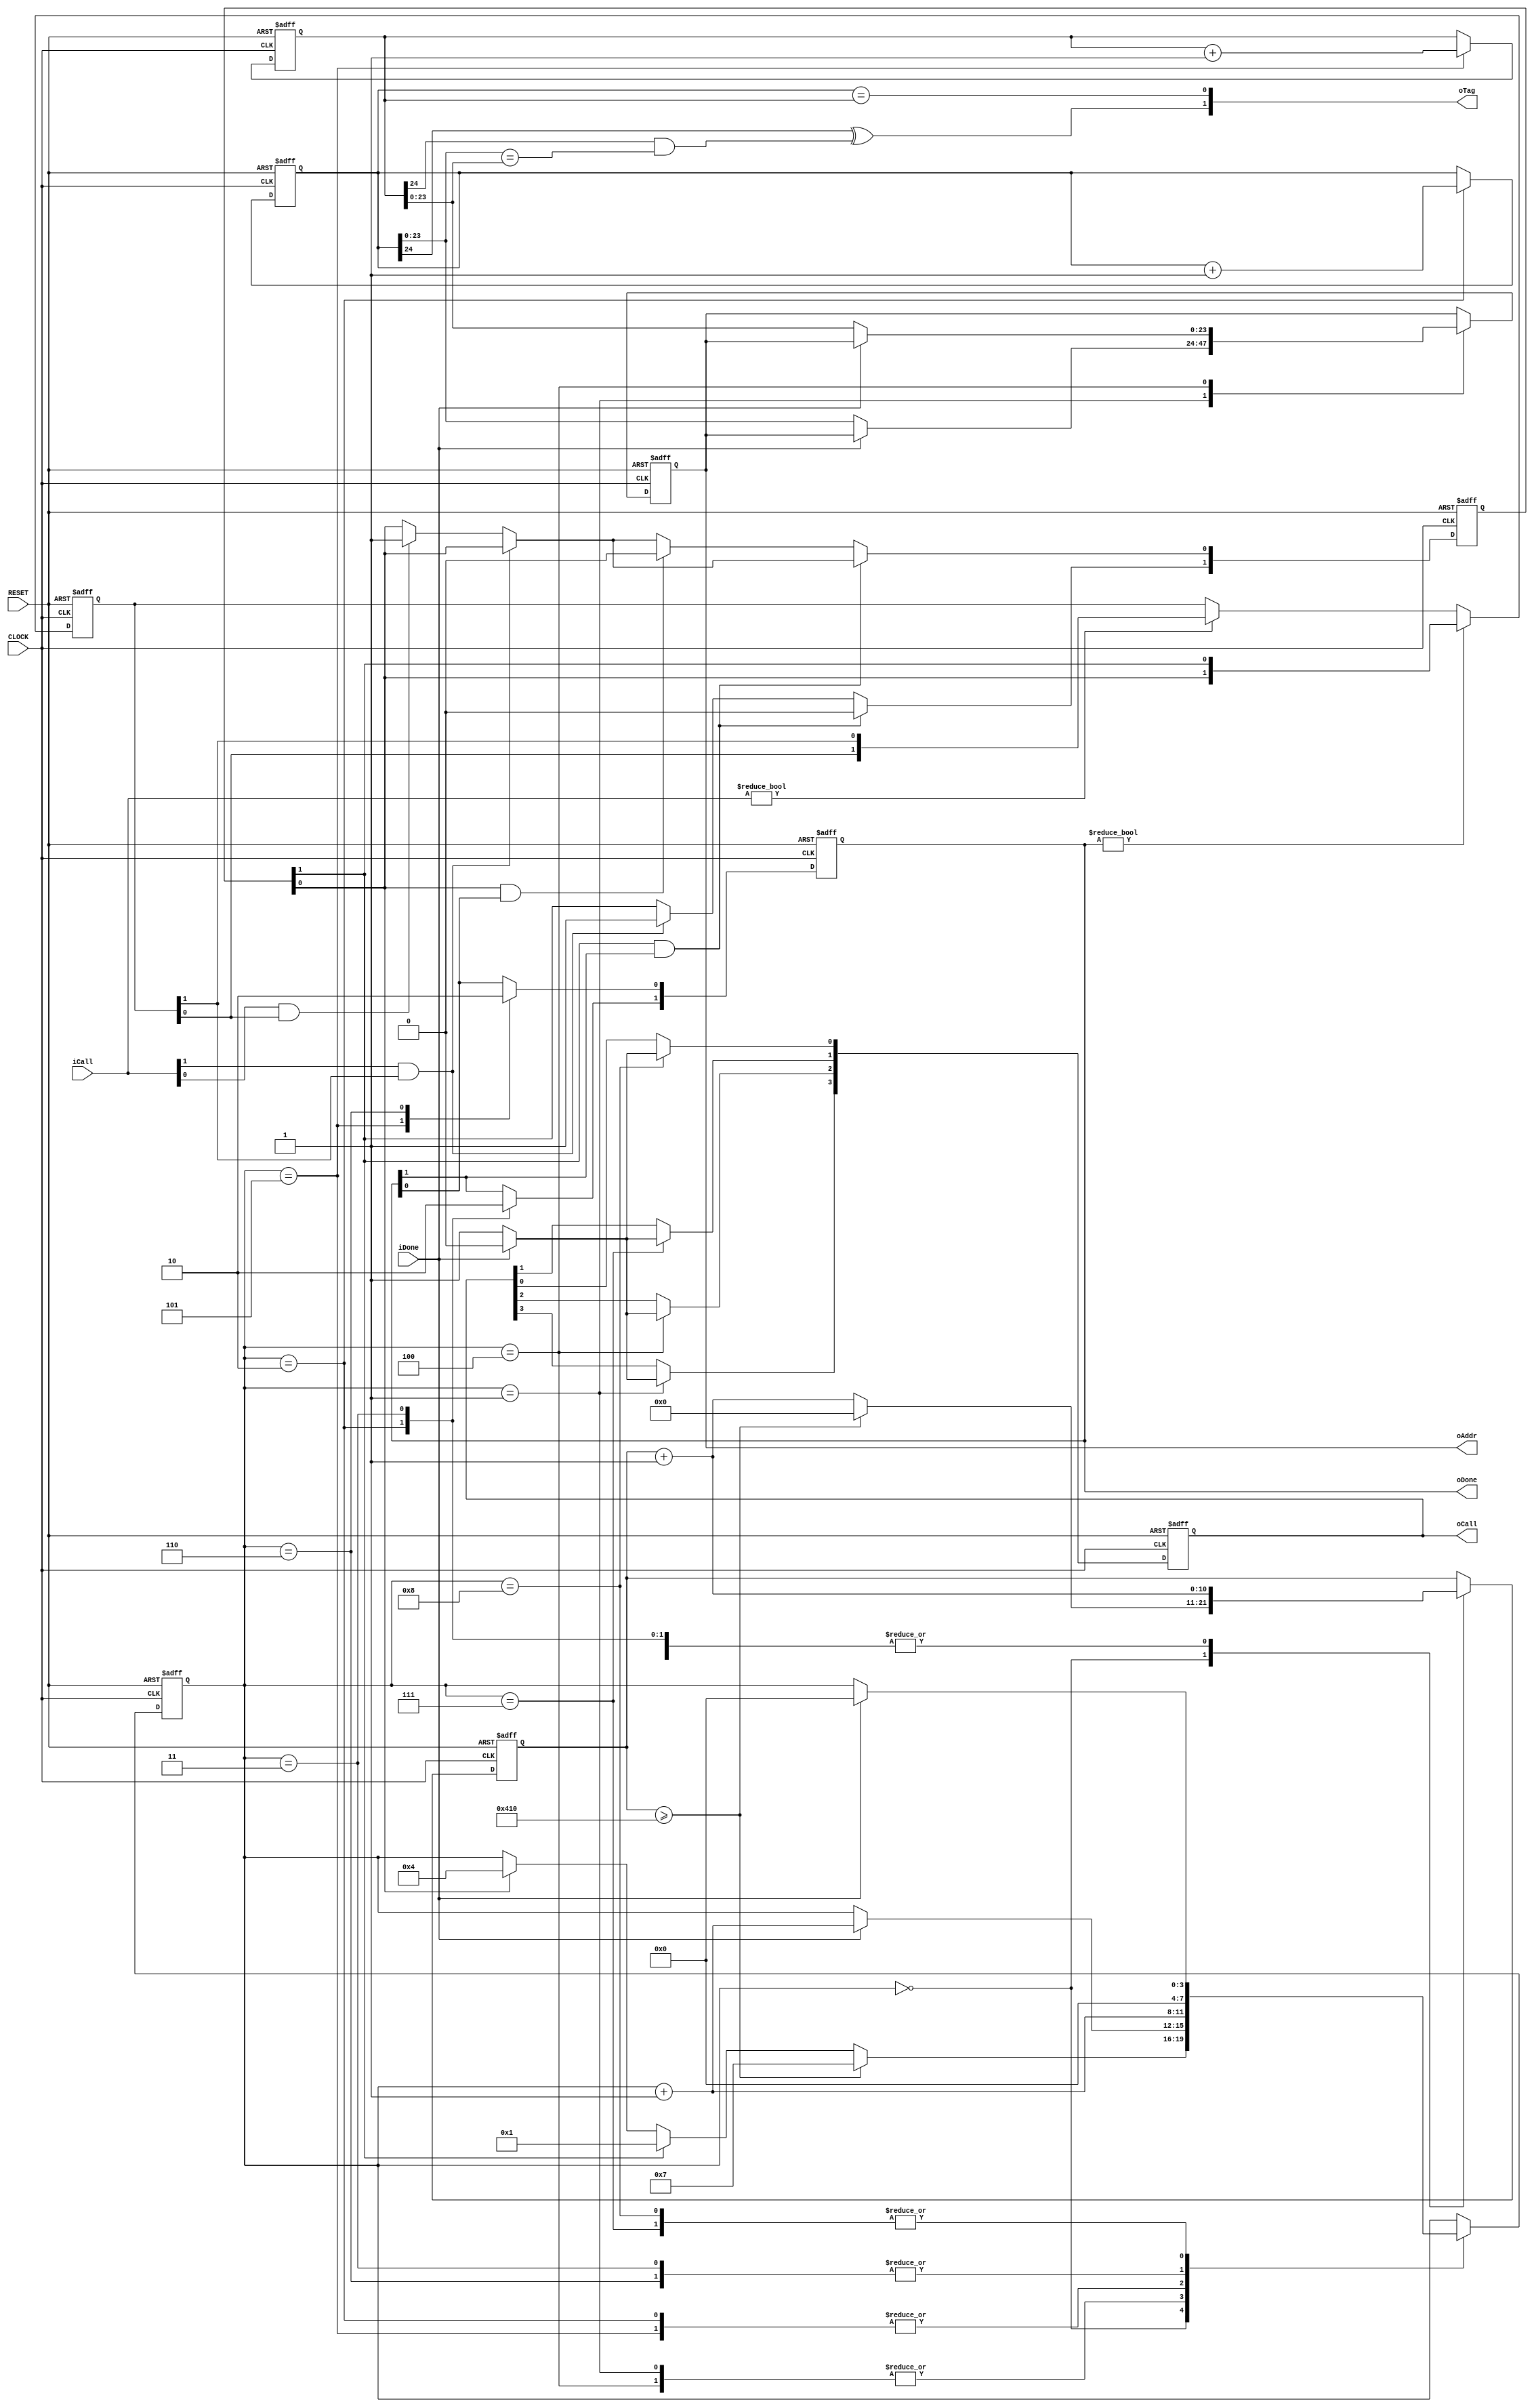
module sdram_ctrlmod
(
	input CLOCK,
	input RESET,
	input [1:0]iCall, // [1]Write, [0]Read
	output [1:0]oDone,
	output [3:0]oCall,
	input iDone,
	output [23:0]oAddr,
	output [1:0]oTag
);
    parameter WRITE = 4'd1, READ = 4'd4, REFRESH = 4'd7, INITIAL = 4'd8;
	 parameter TREF = 11'd1040;
	
	 reg [1:0]C7;
	 reg [1:0]isDo;
	 
	 always @ ( posedge CLOCK or negedge RESET ) // sub
	     if( !RESET )
		      begin
				     C7 <= 2'b10;
					 isDo <= 2'b00;
				end
		  else
		      begin
				
				    if( iCall[1] & C7[1] ) isDo[1] <= 1'b1;
				    else if( iCall[0] & C7[0] ) isDo[0] <= 1'b1;
					 
					 if( isDo[1] & isDone[1] ) isDo[1] <= 1'b0;
					 else if( isDo[0] & isDone[0] ) isDo[0] <= 1'b0;
				
				    if( isDone ) C7 <= {isDo[0],isDo[1]};
				    else if( iCall ) C7 <= { C7[0], C7[1] };
				
				end
	
	reg [3:0]i;
	reg [10:0]C1;
	reg [3:0]isCall; //[3]Write [2]Read [1]A.Refresh [0]Initial
	reg [1:0]isDone;
	reg [23:0]D;
	reg [24:0]C2,C3;  // N + 1
	
	always @ ( posedge CLOCK or negedge RESET ) // core
	    if( !RESET )
		     begin
		         i <= INITIAL;          // Initial SDRam at first 
		         C1 <= 11'd0;
					isCall <= 4'b0000;
					isDone <= 2'b00;
					D <= 24'd0;
					C2 <= 25'd0;
					C3 <= 25'd0;
			  end
		 else 
		     case( i )
			  
					0: // IDLE
					if( C1 >= TREF ) begin C1 <= 11'd0;  i <= REFRESH; end
					else if( isDo[1] ) begin C1 <= C1 + 1'b1; i <= WRITE; end 
				   else if( isDo[0] ) begin C1 <= C1 + 1'b1; i <= READ; end 
               else begin C1 <= C1 + 1'b1; end

               /***********************/
				    
				   1: //Write 
					if( iDone ) begin isCall[3] <= 1'b0; C1 <= C1 + 1'b1; i <= i + 1'b1; end
					else begin isCall[3] <= 1'b1; D <= C2[23:0]; C1 <= C1 + 1'b1; end
					
					2:
					begin C2 <= C2 + 1'b1; isDone[1] <= 1'b1; C1 <= C1 + 1'b1; i <= i + 1'b1; end
					
					3:
					begin isDone[1] <= 1'b0; C1 <= C1 + 1'b1; i <= 4'd0; end
					
					/***********************/
				    
				   4: // Read
					if( iDone ) begin isCall[2] <= 1'b0; C1 <= C1 + 1'b1; i <= i + 1'b1; end
					else begin isCall[2] <= 1'b1; D <= C3[23:0]; C1 <= C1 + 1'b1; end
					
					5:
					begin C3 <= C3 + 1'b1; isDone[0] <= 1'b1; C1 <= C1 + 1'b1; i <= i + 1'b1; end
					
					6:
					begin isDone[0] <= 1'b0; C1 <= C1 + 1'b1; i <= 4'd0; end
					
					/***********************/
					
					7: // Auto Refresh 
					if( iDone ) begin isCall[1] <= 1'b0; i <= 4'd0; end
				   else begin isCall[1] <= 1'b1; end
					
					/***********************/
					
					8: // Initial 
					if( iDone ) begin isCall[0] <= 1'b0; i <= 4'd0; end
				   else begin isCall[0] <= 1'b1; end
					
			  endcase
	
	assign oDone = isDone;
	assign oCall = isCall;
	assign oAddr = D;
	assign oTag[1] = ( C2[24]^C3[24] & C2[23:0] == C3[23:0] ); 
 	assign oTag[0] = ( C2 == C3 ); 
	
endmodule